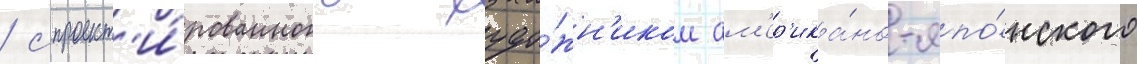
/ спроект'и́рованного худо́жн'иком ам'ер'ика́но-япо́нского